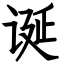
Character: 诞